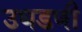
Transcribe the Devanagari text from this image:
उघडणी